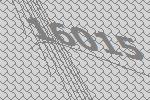
16015